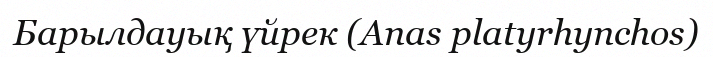
Барылдауық үйрек (Anas platyrhynchos)